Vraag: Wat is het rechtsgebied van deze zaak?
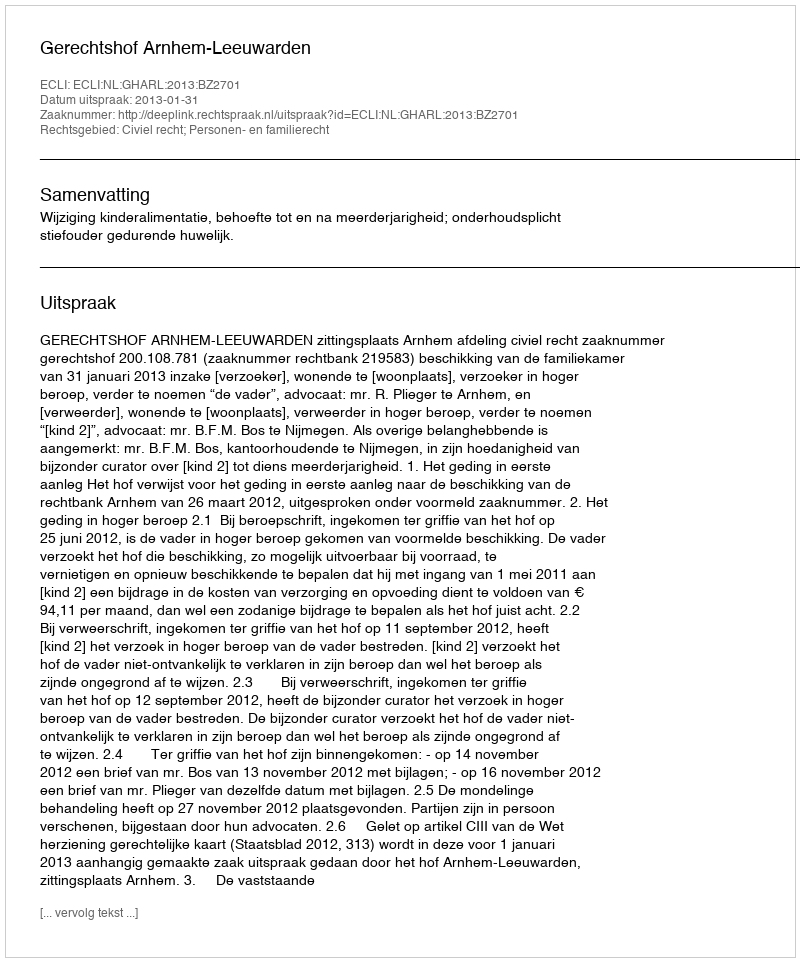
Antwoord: Civiel recht; Personen- en familierecht